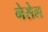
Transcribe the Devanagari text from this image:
नेसेल